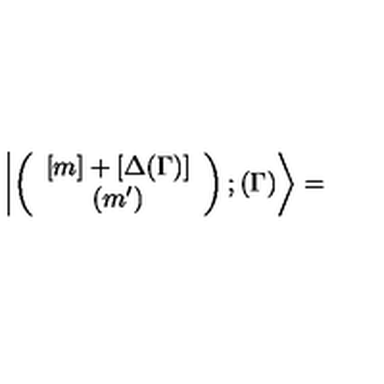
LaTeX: \left| \left( \begin{array} { c c } { [ m ] + [ \Delta ( \Gamma ) ] } \\ { ( m ^ { \prime } ) } \\ \end{array} \right) ; ( \Gamma ) \right\rangle =